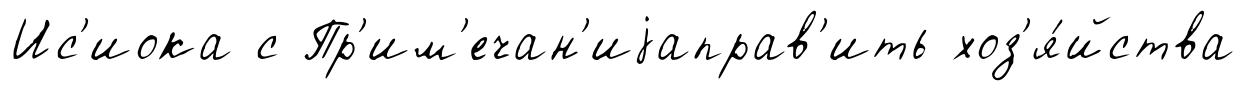
Ис'иока с Пр'им'ечан'иjаправ'ить хоз'я́йства